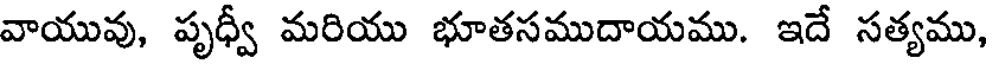
వాయువు, పృధ్వీ మరియు భూతసముదాయము. ఇదే సత్యము,